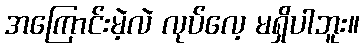
အကြောင်းမဲ့လဲ လုပ်လေ့ မရှိပါဘူး။